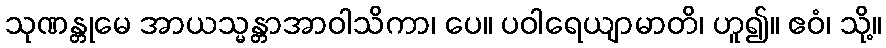
သုဏန္တုမေ အာယသ္မန္တာအာဝါသိကာ၊ ပေ။ ပဝါရေယျာမာတိ၊ ဟူ၍။ ဧဝံ၊ သို့။